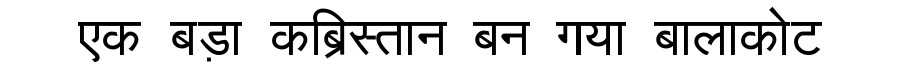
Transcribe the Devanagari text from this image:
एक बड़ा कब्रिस्तान बन गया बालाकोट